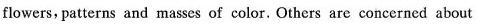
flowers, patterns and masses of color. Others are concerned about